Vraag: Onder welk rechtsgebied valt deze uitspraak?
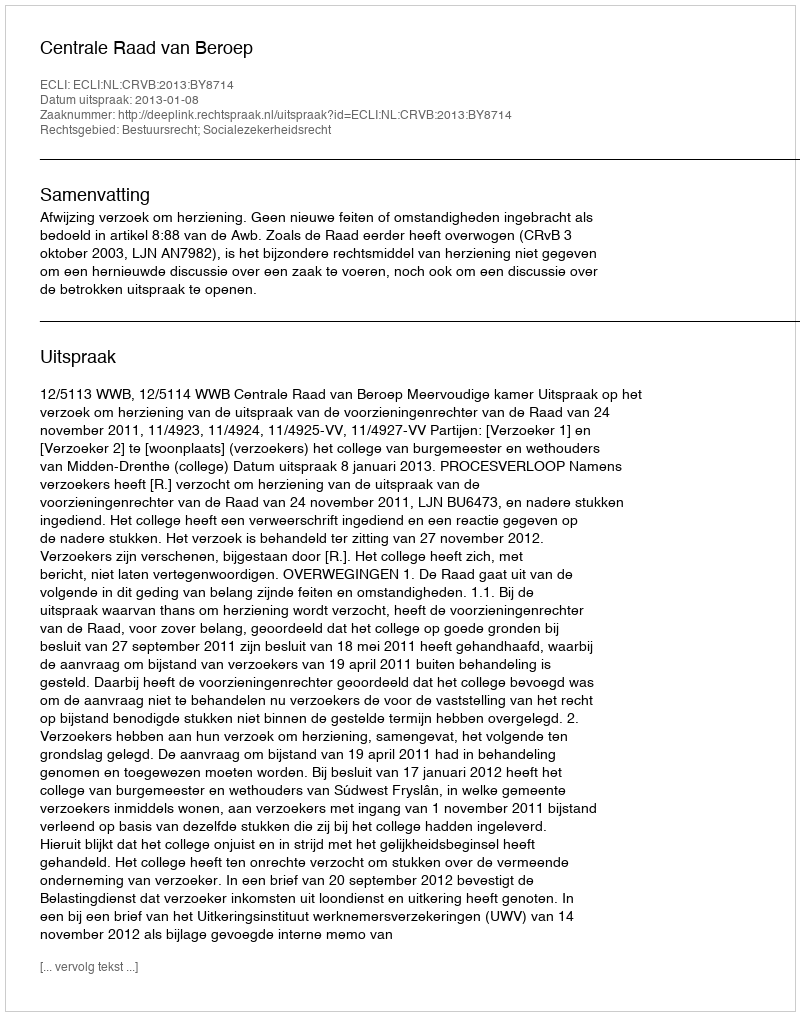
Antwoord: Bestuursrecht; Socialezekerheidsrecht